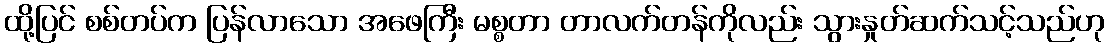
ထို့ပြင် စစ်တပ်က ပြန်လာသော အဖေကြီး မစ္စတာ တာလက်တန်ကိုလည်း သွားနှုတ်ဆက်သင့်သည်ဟု